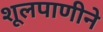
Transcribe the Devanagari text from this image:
शूलपाणीने